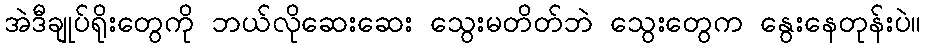
အဲဒီချုပ်ရိုးတွေကို ဘယ်လိုဆေးဆေး သွေးမတိတ်ဘဲ သွေးတွေက နွေးနေတုန်းပဲ။